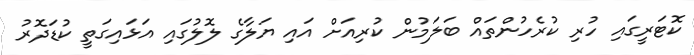
ކޮޓަރީގައި ހުރި ކުރެހުންތައް ބަލަމުން ކުރިއަށް އައި ޔަލާގެ ލޮލުގައި އަޅައިގަތީ ކުޑަދޮރު